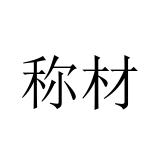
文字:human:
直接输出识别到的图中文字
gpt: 称材